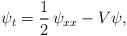
LaTeX: \begin{align*}\psi_t=\frac 12\,\psi_{xx}-V\psi, \end{align*}